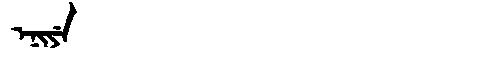
Manchu: ᡝᠨᡳᠶᡝ
Romanization: ENIYE